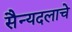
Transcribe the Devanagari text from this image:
सैन्यदलाचे